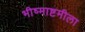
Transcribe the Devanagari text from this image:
भीष्माष्टमीला